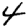
Digit: 4